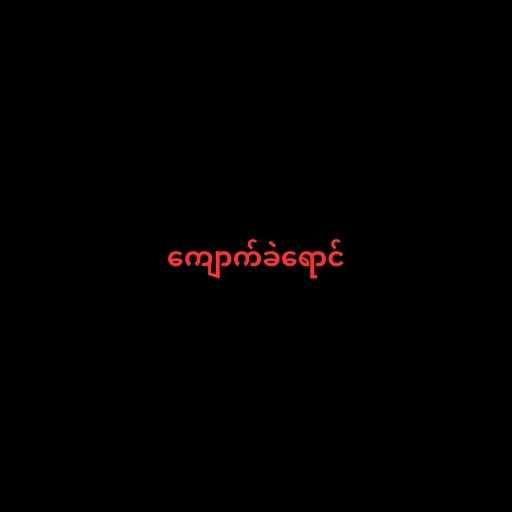
ကျောက်ခဲရောင်